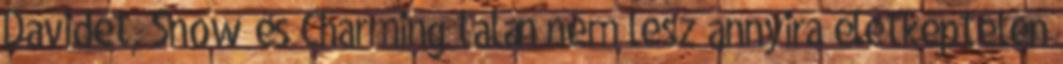
Davidet, Snow és Charming talán nem lesz annyira életképtelen